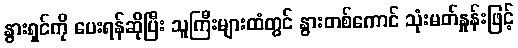
နွားရှင်ကို ပေးရန်ဆိုပြီး သူကြီးများထံတွင် နွားတစ်ကောင် သုံးမတ်နှုန်းဖြင့်